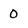
Character: 0